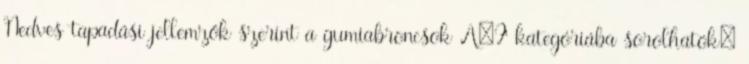
Nedves tapadási jellemzők szerint a gumiabroncsok A–F kategóriába sorolhatók: